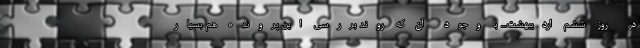
در روز ششم اردیبهشت... با وجودِ آن که روندِ بررسی این پرونده هم بسیار